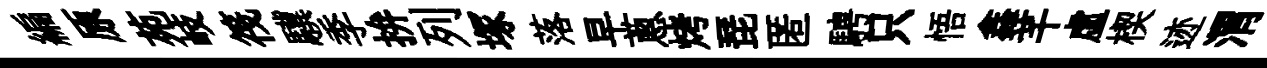
編原苑岐筏驥季拚列塚落早蔥烤琵匿騁只悟鑫芊虚楔迹渭